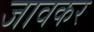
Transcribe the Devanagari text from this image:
जावकर